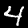
Label: 4